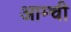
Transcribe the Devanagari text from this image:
आम्ची